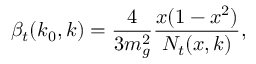
\beta _ { t } ( k _ { 0 } , k ) = { \frac { 4 } { 3 m _ { g } ^ { 2 } } } { \frac { x ( 1 - x ^ { 2 } ) } { N _ { t } ( x , k ) } } ,